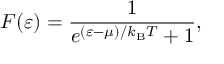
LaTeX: F ( \varepsilon ) = { \frac { 1 } { e ^ { ( \varepsilon - \mu ) / k _ { \mathrm { { B } } } T } + 1 } } ,